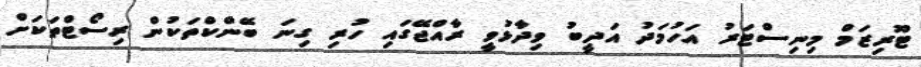
ޓޫރިޒަމް މިނިސްޓަރު އަހުމަދު އަދީބު ވިދާޅުވީ ރާއްޖޭގައި ހުރި ގިނަ ބޭންކްތަކުން ރިސޯޓްތަކަށް